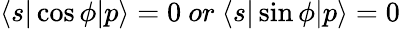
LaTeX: \langle s|\cos\phi|p\rangle=0\ or\ \langle s|\sin\phi|p\rangle=0